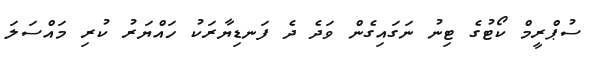
ސުޕްރީމް ކޯޓުގެ ޓިނު ނަގައިގެން ވަދެ ދެ ފަނޑިޔާރަކު ހައްޔަރު ކުރި މައްސަލަ